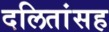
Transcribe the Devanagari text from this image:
दलितांसह